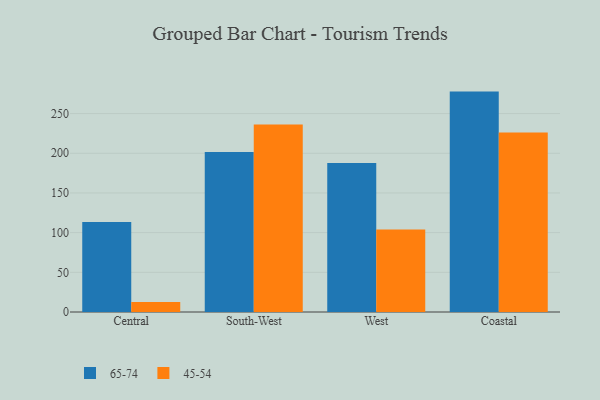
{"axis": {"x": "Region", "y": "Waste Production (Tons)"}, "legend": ["45-54", "65-74"], "data": [{"x": "Central", "y": 113.4, "type": "65-74"}, {"x": "Central", "y": 12.7, "type": "45-54"}, {"x": "South-West", "y": 201.7, "type": "65-74"}, {"x": "South-West", "y": 236.1, "type": "45-54"}, {"x": "West", "y": 187.8, "type": "65-74"}, {"x": "West", "y": 104.1, "type": "45-54"}, {"x": "Coastal", "y": 277.7, "type": "65-74"}, {"x": "Coastal", "y": 226.1, "type": "45-54"}]}